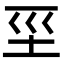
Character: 坙